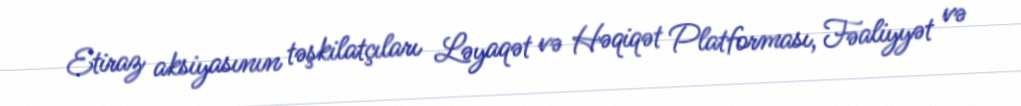
Etiraz aksiyasının təşkilatçıları Ləyaqət və Həqiqət Platforması, Fəaliyyət və